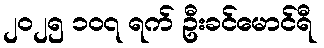
၂၀၂၅ ၁၀၇ ရက် ဦးခင်မောင်ရီ